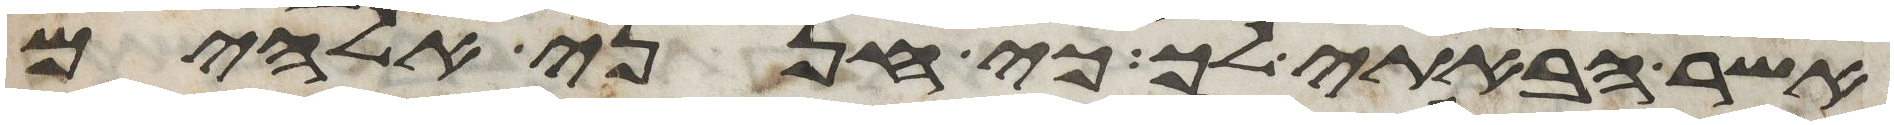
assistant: אשר הבאתי לך כי חנני אלהים